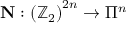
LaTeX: \mathbf { N } : \left( \mathbb { Z } _ { 2 } \right) ^ { 2 n } \rightarrow \Pi ^ { n }